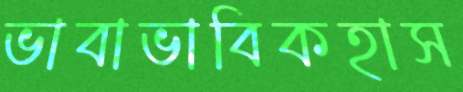
ভাবাভাবিকহাস